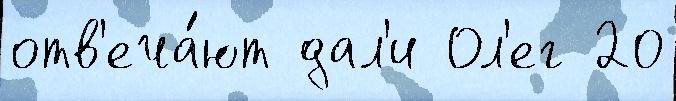
отв'еча́ют дал'и Ол'ег 20